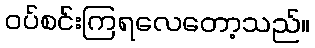
ဝပ်စင်းကြရလေတော့သည်။